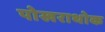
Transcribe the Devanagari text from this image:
पोखराथोक